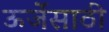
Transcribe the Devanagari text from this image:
ऊर्जेसाठी